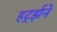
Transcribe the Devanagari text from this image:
हर्ट्झने